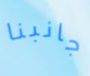
جانبنا